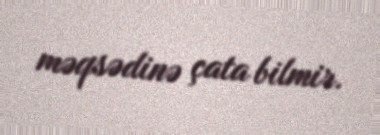
məqsədinə çata bilmir.